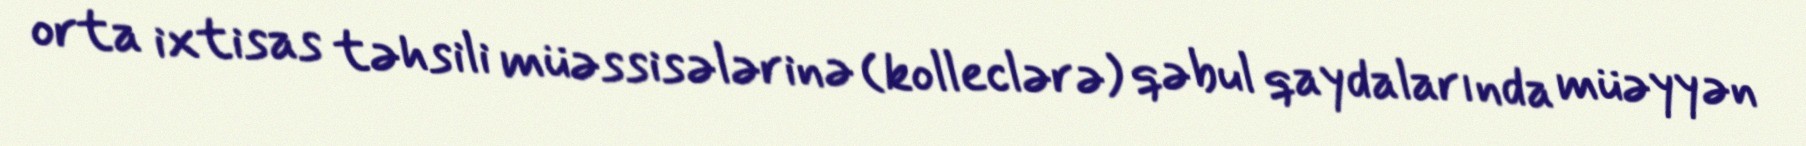
orta ixtisas təhsili müəssisələrinə (kolleclərə) qəbul qaydalarında müəyyən